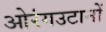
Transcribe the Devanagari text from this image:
ओरंगउटानों